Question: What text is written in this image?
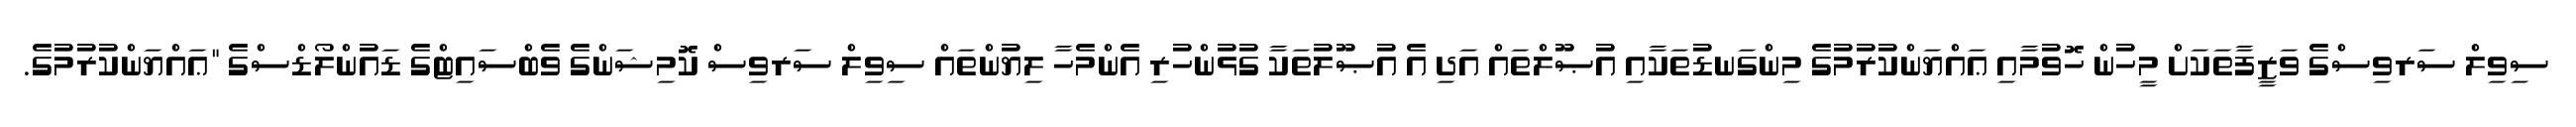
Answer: ސިވިލް ސަރވިސްގެ ވަޒީފާތަކަށް މީހުން ހޮވުމާއި ޢައްޔަންކުރުމުގެ މިންގަނޑުތަކާއި އުޞޫލްތައް އަދި އެ އުޞޫލުތަކާ ގުޅުންހުރި އެންމެހާ ލިޔުންތައް ސިވިލް ސަރވިސް ކޮމިޝަންގެ ވެބްސައިޓްގެ ޑައުންލޯޑްސްގެ "ޢައްޔަންކުރުމުގެ.